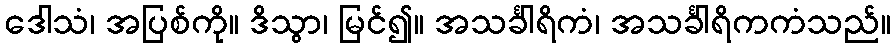
ဒေါသံ၊ အပြစ်ကို။ ဒိသွာ၊ မြင်၍။ အသင်္ခါရိကံ၊ အသင်္ခါရိကကံသည်။